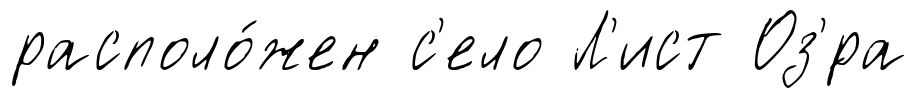
располо́жен с'ело Л'ист Оз'́ра